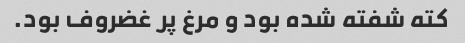
کته شفته شده بود و مرغ پر غضروف بود.